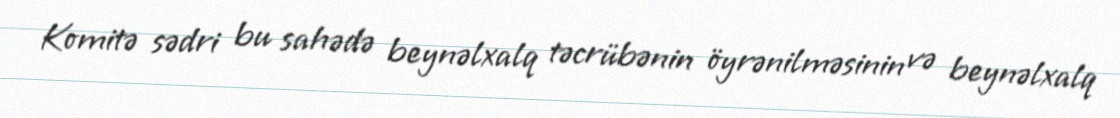
Komitə sədri bu sahədə beynəlxalq təcrübənin öyrənilməsinin və beynəlxalq